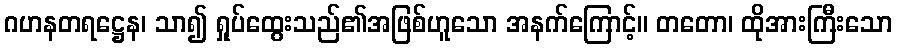
ဂဟနတရဋ္ဌေန၊ သာ၍ ရှုပ်ထွေးသည်၏အဖြစ်ဟူသော အနက်ကြောင့်။ တတော၊ ထိုအားကြီးသော